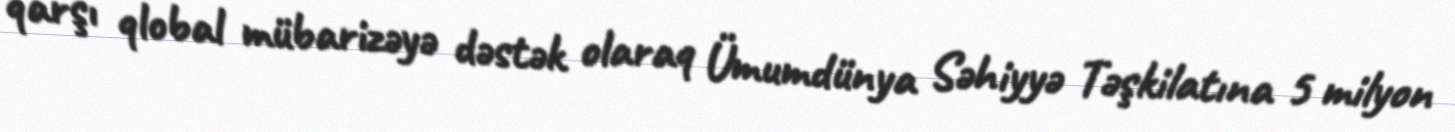
qarşı qlobal mübarizəyə dəstək olaraq Ümumdünya Səhiyyə Təşkilatına 5 milyon